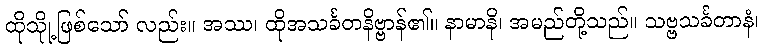
ထိုသိုု့ဖြစ်သော် လည်း။ အဿ၊ ထိုအသင်္ခတနိဗ္ဗာန်၏။ နာမာနိ၊ အမည်တို့သည်။ သဗ္ဗသင်္ခတာနံ၊